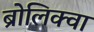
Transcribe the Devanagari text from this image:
ब्रोलिक्वा